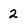
Character: 2